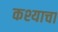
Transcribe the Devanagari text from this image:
कश्याचा